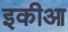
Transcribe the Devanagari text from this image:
इकीआ